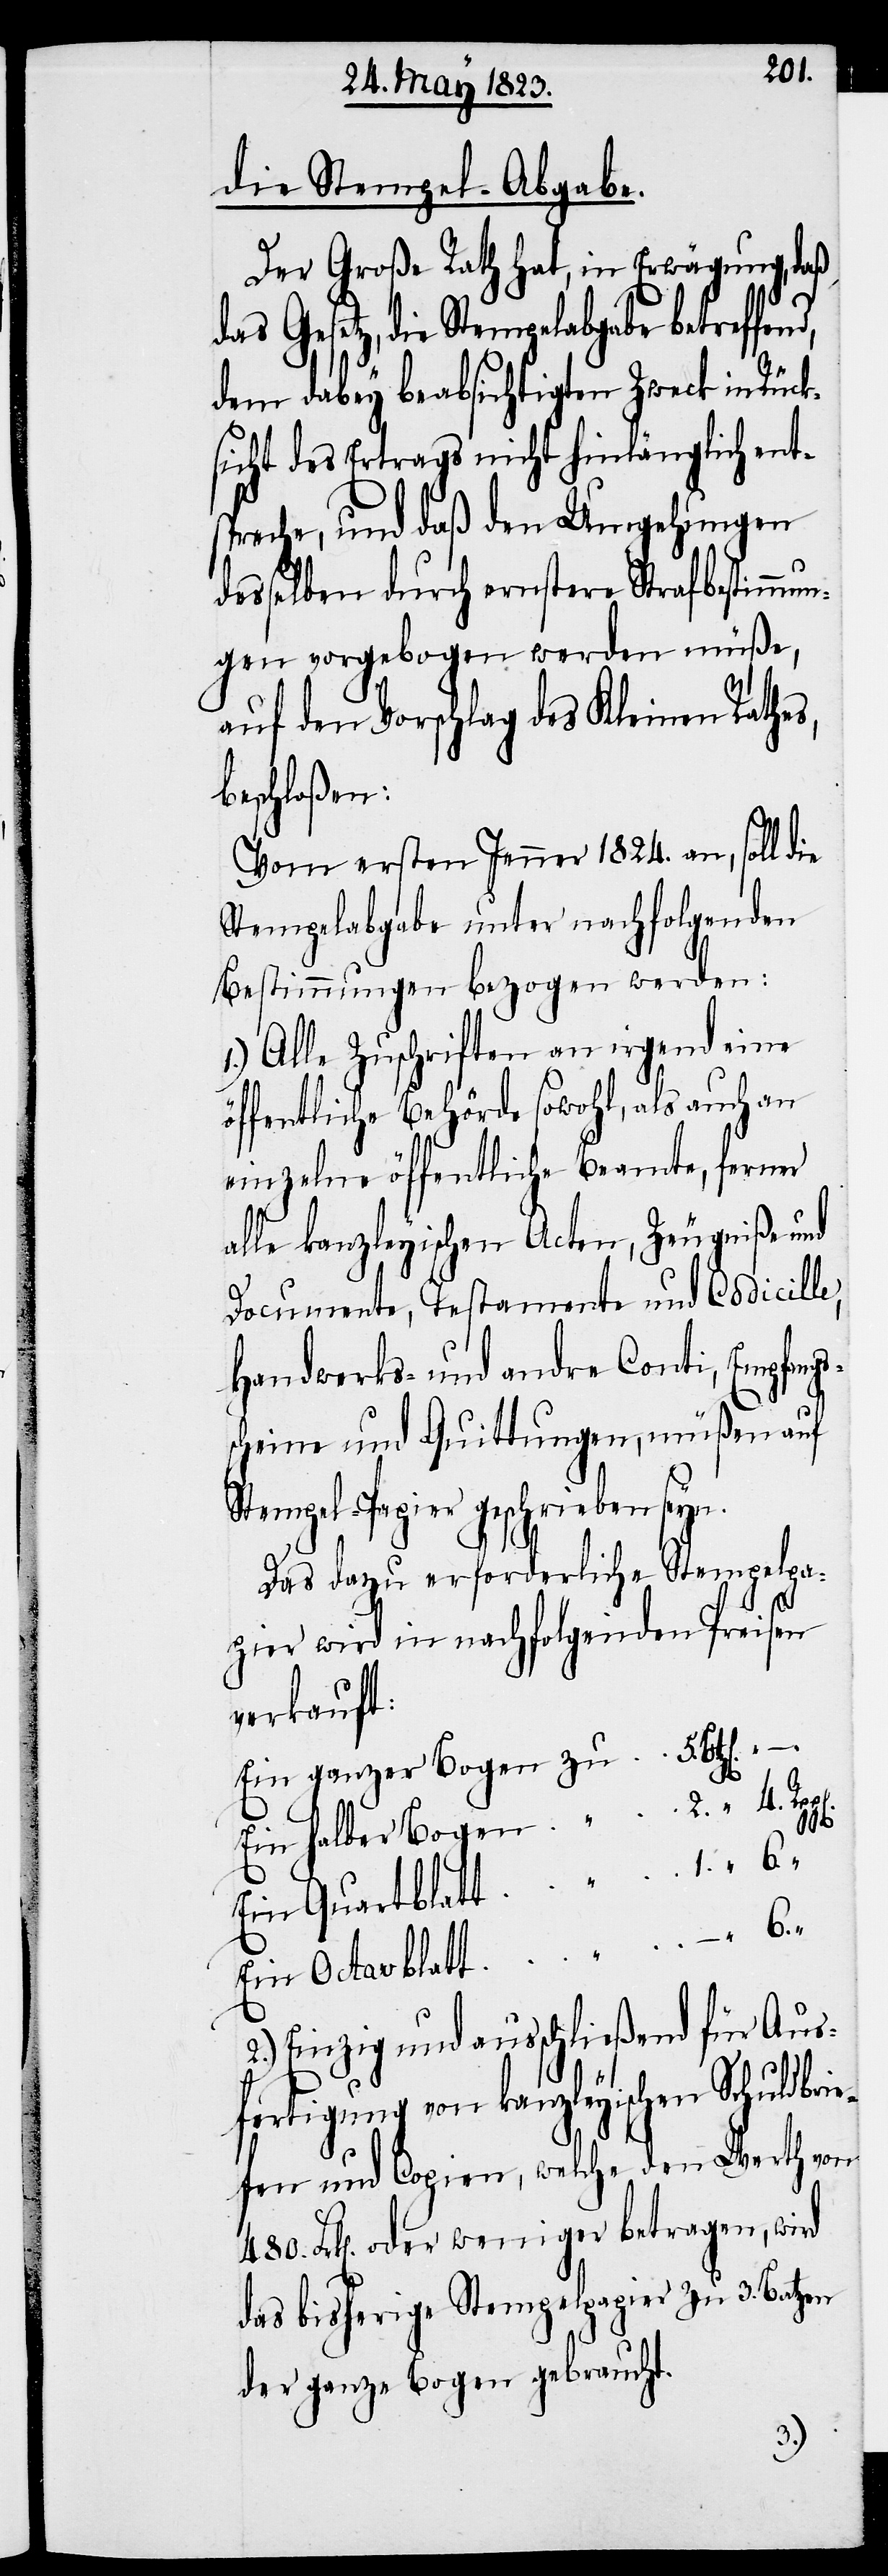
die Stempel-Abgabe.
Der Große Rath hat, in Erwägung, daß
das Gesetz, die Stempelabgabe
dem dabey beabsichtigten Zweck in Rück¬
sicht des Ertrags nicht hinlänglich ent¬
spreche, und daß den Umgehungen
desselben durch ernstere Strafbestimmun¬
gen vorgebogen werden müße,
auf den Vorschlag des Kleinen Rathes,
beschloßen:
„
Vom ersten Jenner 1824. an, soll die
Stempelabgabe unter nachfolgenden
Bestimmungen bezogen werden:
Alle Zuschriften an irgend eine
öffentliche Behörde sowohl, als auch an
einzelne öffentliche Beamte, ferner
alle kanzleyischen Acten, Zeugniße und
Documente, Testamente und Codicille,
Handwerks- und andre Conti, Empfangs¬
scheine und Quittungen, müßen auf
Stempel-Papier geschrieben seyn.
Das dazu erforderliche Stempelpa¬
pier wird in nachfolgenden Preisen
verkauft:
Ein ganzer Bogen
6.
480.
2.) Einzig und ausschließend für Aus¬
fertigung von kanzleyischen Schuldbrie¬
fen und Copien, welche den Werth von
Frk[en]. oder weniger betragen, wird
das bisherige Stempelpapier zu 3. Batzen
der ganze Bogen gebraucht.